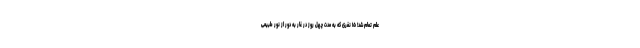
علم تمام شد! ۱۵ نفری که به مدت چهل روز در غار به دور از نور طبیعی